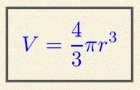
V=\frac43\pi r^3